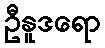
ဦနူဒရော